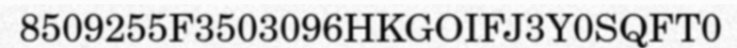
8509255F3503096HKGOIFJ3Y0SQFT0